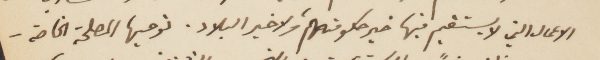
الاعمال التي لا يستقيم فيها خير حكومتهم ولا خير البلاد. نوحيها المصلحة الخاصة -